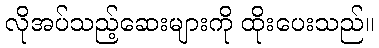
လိုအပ်သည့်ဆေးများကို ထိုးပေးသည်။